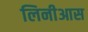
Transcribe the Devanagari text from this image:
लिनीआस